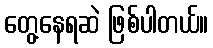
တွေ့နေရဆဲ ဖြစ်ပါတယ်။